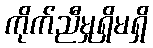
ကိုက်ညီမှုရှိမရှိ